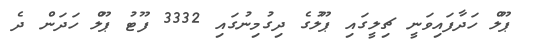
ޕޫލް ހަދާފައިވަނީ ޗިލީގައި ޕޫލުގެ ދިގުމިނުގައި 3332 ފޫޓު ޕޫލް ހަދަން ދެ